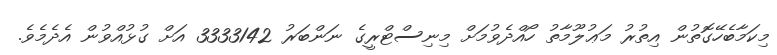
މިކަމާބެހޭގޮތުން އިތުރު މަޢުލޫމާތު ހޯއްދެވުމަށް މިނިސްޓްރީގެ ނަންބަރު 3333142 އަށް ގުޅުއްވުން އެދެމެވެ.